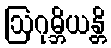
ဩဂုမ္ဘိယန္တိ